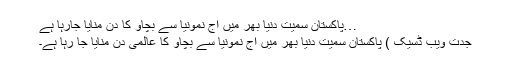
…پاکستان سمیت دنیا بھر میں آج نمونیا سے بچاؤ کا دن منایا جارہا ہے
جدت ویب ڈسیک ) پاکستان سمیت دنیا بھر میں آج نمونیا سے بچاؤ کا عالمی دن منایا جا رہا ہے۔